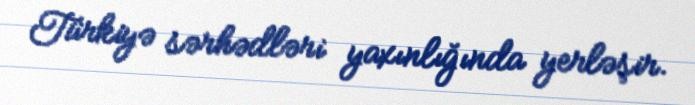
Türkiyə sərhədləri yaxınlığında yerləşir.